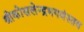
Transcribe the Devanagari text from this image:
श्रीकोसलेन्द्रभगवंस्तव